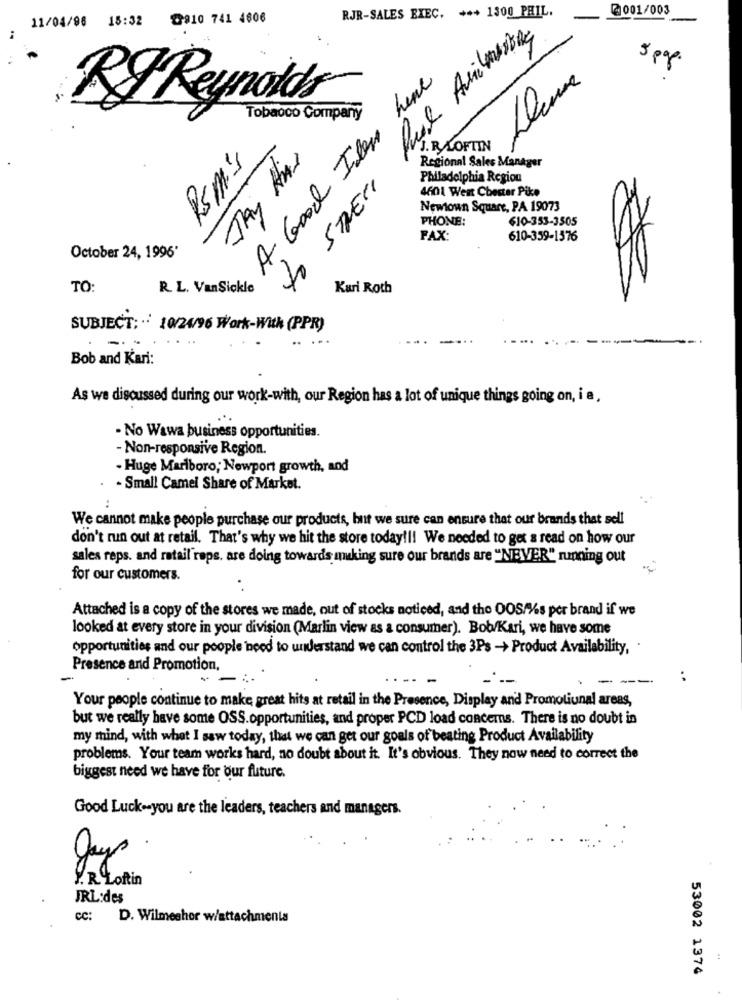
@001/003
11/04/98 15:32
@810 741 4806
RJR-SALES EXEC. +++ 1300 PHIL.
5 pg
here
Dem
RIReynolds
Tobacco Company
A. Good Ilen
. RLOFTIN
Rsm's
JAY HAS
Regional Sales Manager
Philadelphia Region
to STREET
4601 Wert Chester Pike
Newtown Square, PA 19073
PHONE:
$10-353-3505
FAX:
610-359-1376
October 24, 1996'
TO:
R. L. VanSickle
Kuri Roth
SUBJECT: · 10/24/96 Work-With (PPR)
Bob and Kari:
As we discussed during our work-with, our Region has a lot of unique things going on, i a,
- No Wawa business opportunities.
- Non-responsive Region.
- Huge Marlboro; Newport growth, and
- Small Camel Share of Market.
..
We cannot make people purchase our products, but we sure can ensure that our brands that sell
don't run out at retail. That's why we hit the store today !!! We needed to get a read on how our
sales reps. and retail raps, are doing towards making sure our brands are "NEVER" running out
for our customers.
Attached is a copy of the stores we made, out of stocks noticed, and tho DOS/%%s por brand if we
looked at every store in your division (Marlin view as a consumer). Bob/Kari, we have some
opportunities and our people need to understand we can control the 3Ps - Product Availability, .
Presence and Promotion,
- --
:
Your people continue to make great hits at retail in the Presence, Display and Promotional areas,
but we really have some OSS.opportunities, and proper PCD load concerns. There is no doubt in
my mind, with what I saw today, that we can get our goals of beating Product Availability
problems. Your team works hard, no doubt about it. It's obvious. They now need to correct the
biggest need we have for our future.
Good Luck -- you are the leaders, teachers and managers.
gays
Y. R. Loftin
JRL:des
cc: D. Wilmeshor w/attachments
:
53002 1374